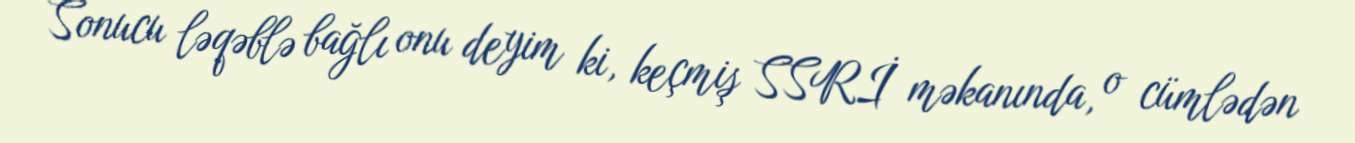
Sonucu ləqəblə bağlı onu deyim ki, keçmiş SSRİ məkanında, o cümlədən